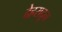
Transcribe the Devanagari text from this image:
देह्ररादून